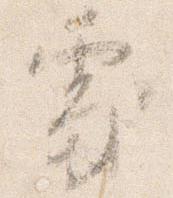
処